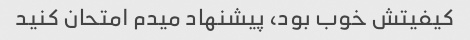
کیفیتش خوب بود، پیشنهاد میدم امتحان کنید